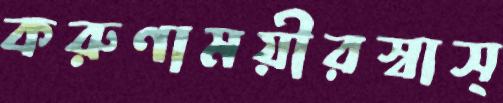
করুণাময়ীরস্বাস্